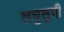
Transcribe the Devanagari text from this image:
लघुलुपी